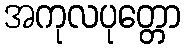
အကုလပုတ္တော